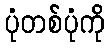
ပုံတစ်ပုံကို